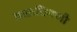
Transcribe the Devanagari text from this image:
माळचिमणी